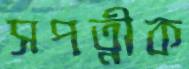
সপত্নীক